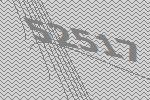
52517